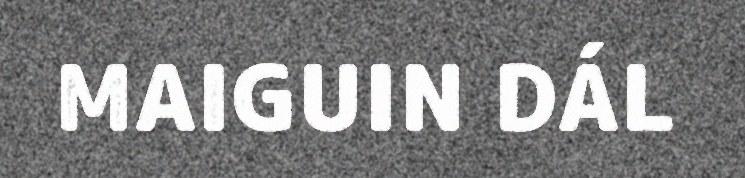
MAIGUIN DÁL